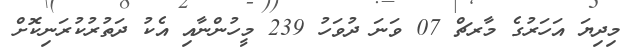
މިދިޔަ އަހަރުގެ މާރޗް 07 ވަނަ ދުވަހު 239 މީހުންނާއި އެކު ދަތުރުކުރަނިކޮށް